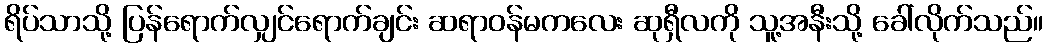
ရိပ်သာသို့ ပြန်ရောက်လျှင်ရောက်ချင်း ဆရာဝန်မကလေး ဆုရှီလကို သူ့အနီးသို့ ခေါ်လိုက်သည်။